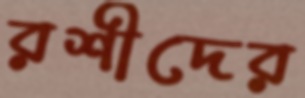
রশীদের